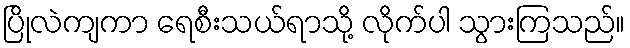
ပြိုလဲကျကာ ရေစီးသယ်ရာသို့ လိုက်ပါ သွားကြသည်။